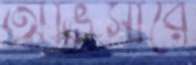
অভিসারে